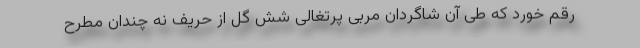
رقم خورد که طی آن شاگردان مربی پرتغالی شش گل از حریف نه چندان مطرح